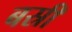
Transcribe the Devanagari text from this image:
बस्री